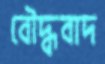
বৌদ্ধবাদ